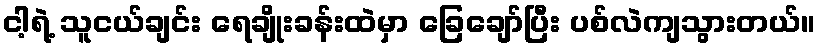
ငါ့ရဲ့ သူငယ်ချင်း ရေချိုးခန်းထဲမှာ ခြေချော်ပြီး ပစ်လဲကျသွားတယ်။